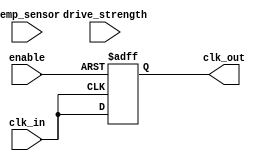
module TempCompClockBuffer (
    input wire clk_in,               // Input clock signal
    input wire [7:0] temp_sensor,    // Temperature sensor input (8-bit for simplicity)
    input wire enable,                // Enable signal for the buffer
    input wire [1:0] drive_strength,  // Drive strength configuration
    output reg clk_out               // Buffered clock output
);

    // Internal parameters for temperature compensation
    parameter TEMP_THRESHOLD = 8'd25; // Example threshold temperature
    reg [1:0] delay_setting;            // Delay setting based on temperature
    reg [1:0] current_drive_strength;   // Current drive strength setting

    // Clock amplification and delay logic
    always @(posedge clk_in or negedge enable) begin
        if (!enable) begin
            clk_out <= 1'b0; // Disable output clock
        end else begin
            // Adjust delay and drive strength based on temperature
            if (temp_sensor < TEMP_THRESHOLD) begin
                delay_setting <= 2'b00; // Minimal delay for low temp
                current_drive_strength <= 2'b11; // Max drive strength
            end else if (temp_sensor >= TEMP_THRESHOLD && temp_sensor < TEMP_THRESHOLD + 8'd10) begin
                delay_setting <= 2'b01; // Moderate delay
                current_drive_strength <= 2'b10; // Medium drive strength
            end else begin
                delay_setting <= 2'b10; // Max delay for high temp
                current_drive_strength <= 2'b01; // Min drive strength
            end
            
            // Generate buffered clock with adjusted delay (simple model)
            case (delay_setting)
                2'b00: clk_out <= clk_in; // No delay
                2'b01: #1 clk_out <= clk_in; // 1-time unit delay
                2'b10: #2 clk_out <= clk_in; // 2-time unit delay
                default: clk_out <= clk_in; // Fallback
            endcase
            
            // Drive strength adjustment (simplified)
            // In a real implementation, this would control the output driver circuitry
            case (current_drive_strength)
                2'b11: /* Set output driver to high strength */;
                2'b10: /* Set output driver to medium strength */;
                2'b01: /* Set output driver to low strength */;
                default: /* Default driver strength */;
            endcase
        end
    end

endmodule